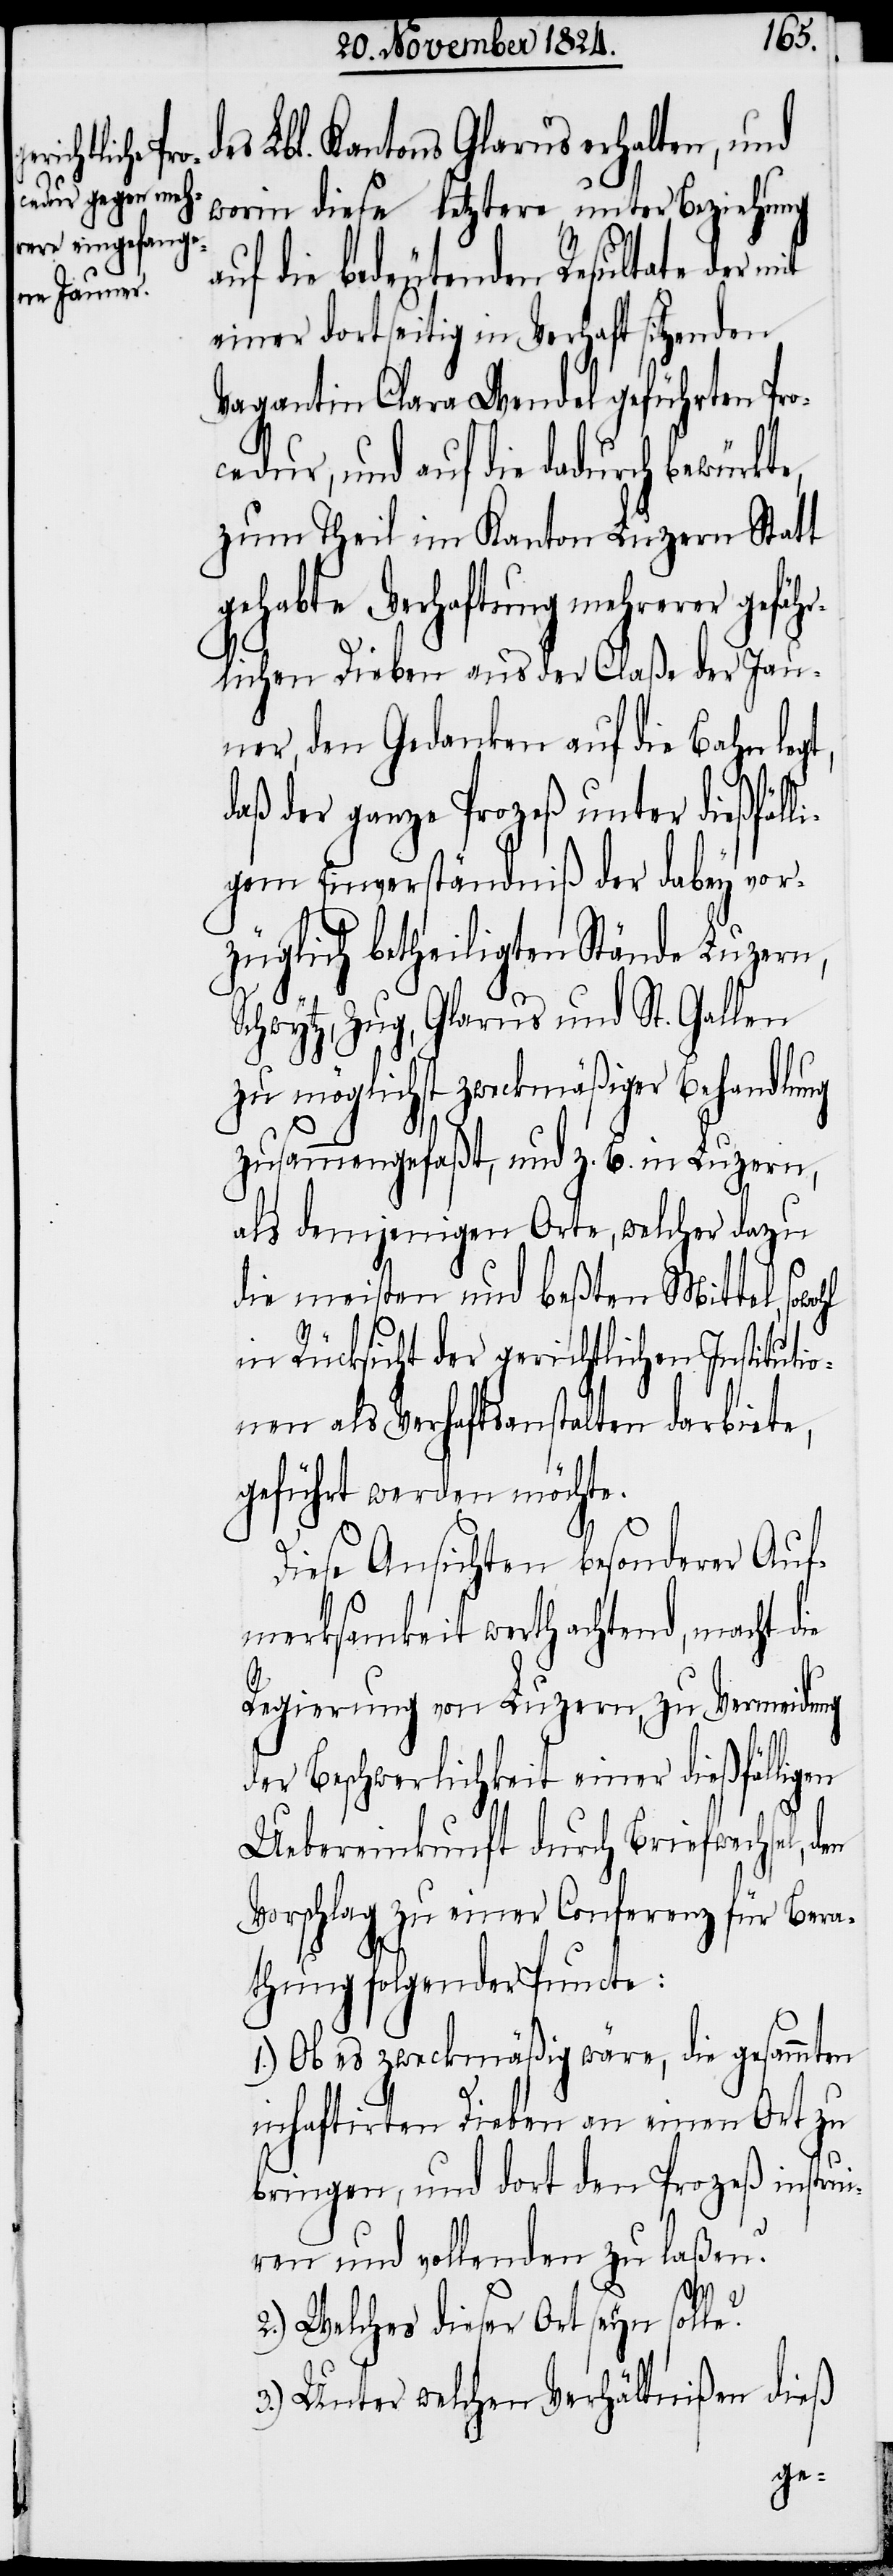
ie

es Lbl. Kantons Glarus erhalten, und
worin diese letztere unter Beziehung
auf die bedeutenden Resultate der mit
einer dortseitig in Verhaft sitzenden
Vagantin Clara Wendel geführten Pro¬
cedur, und auf die dadurch bewürkte,
zum Theil im Kanton Luzern Statt
gehabte Verhaftung mehrerer gefäh¬
rlichen Dieben aus der Claße der Jau¬
ner, den Gedanken auf die Bahn leg¬
daß der ganze Prozeß unter dießfäll¬
igem Einverständniß der dabey vor¬
züglich betheiligten Stände Luzern,
Schwytz, Zug, Glarus und St. Gallen
zu möglichst zweckmäßiger Behandlung
zusammengefaßt, und z. B. in Luzern,
als demjenigen Orte, welcher dazu
die meistern und beßten Mittel,
in Rücksicht der gerichtlichen Instituti¬
onen als Verhaftsanstalten darbiete,
geführt werden möchte.
Diese Ansichten besonderer Auf¬
merksamkeit werth achtend, macht d¬
Regierung von Luzern, zu Vermeidung
der Beschwerlichkeit einer dießfälligen
Uebereinkunft durch Briefwechsel,
Vorschlag zu einer Conferenz für Bera¬
thung folgender Puncte:
1.) Ob es zweckmäßig wäre, die gesammten
inhaftirten Dieben an einen Ort zu
bringen, und dort den Prozeß instrui¬
ren und vollenden zu laßen?
2.) Welches dieser Ort seyn soll¬
e?
3.) Unter welchen Verhältnißen dieß